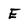
Character: E